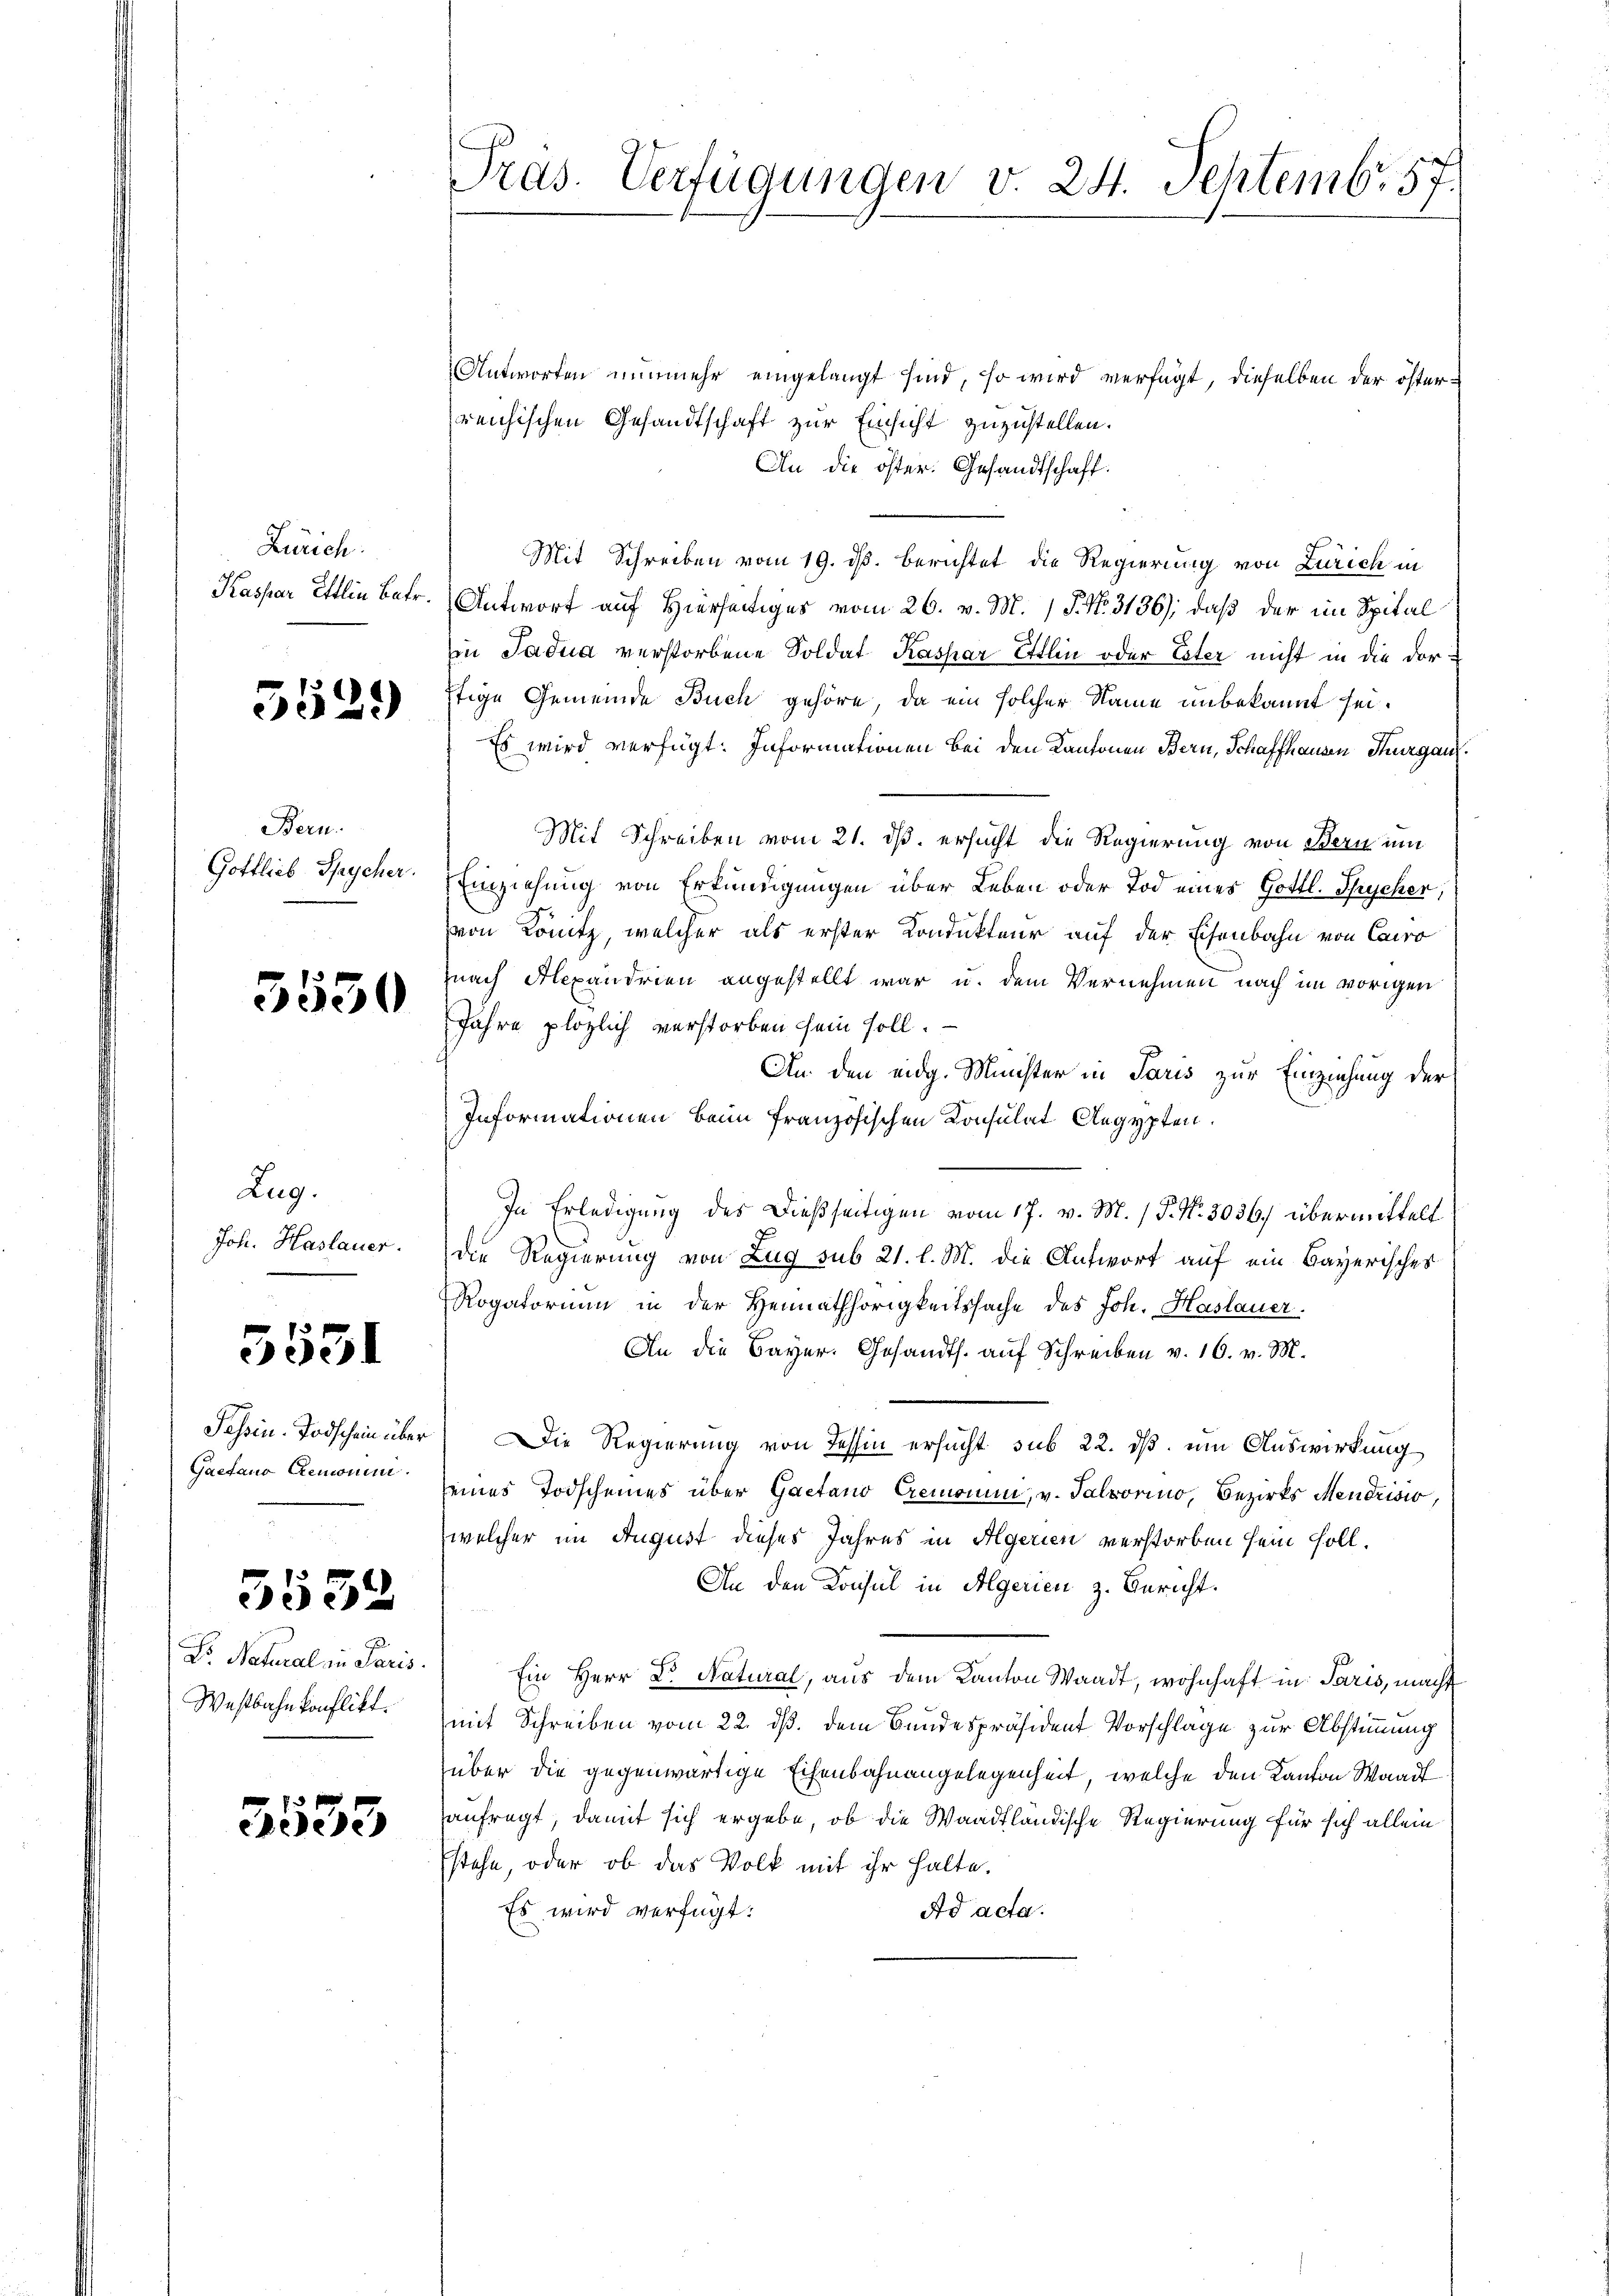
Zürich.
Kaspar Ettin Betr.

5529

Bern.
Gottlieb Spycher.

5530

Zug.
Joh. Haslauer.

5531

Passin. Todschein über
Gaetano Gremonin.

3532

Dr Natural in Paris
Westbahnkonflikt.

3533

Pras. Verfügungen v. 24. Septembr. 57.

Antworten nunmehr eingelangt sind, so wird verfügt, dieselben der österreichischen Gesandtschaft zur Einsicht zuzustellen.
An die öster. Gesandtschaft.
Mit Schreiben vom 19. ds. berichtet die Regierung von Zürich in
Antwort auf Hierseitiges vom 26. v. M. P. Nr. 3136); daß der im Spital
in Jadua verstorbene Soldat Kaspar Etlin oder Ester nicht in die dorstige Gemeinde Buch gehöre, da ein solcher Name unbekannt sei.
Es wird verfügt: Informationen bei den Kantonen Bern, Schaffhausen Thurgau.
Mit Schreiben vom 21. ds. ersucht die Regierung von Bern um
Einziehung von Erkundigungen über Leben oder Tod eines Gottl. Spycher,
von Konitz, welcher als erster Kondukteur auf der Eisenbahn von Caro
nach Alexandrien angestellt war u. dem Vernehmen nach im vorigen
Jahre plözlich verstorben sein soll.
An den eidg. Minister in Paris zur Einziehung der
Informationen beim französischen Konsulat Aegypten.
In Erledigung des Dießseitigen vom 17. v. M. / P. Nr. 3036. übermittelt
die Regierung von Zug sub 21. l. M. die Antwort auf ein Bayerisches
Rogatorium in der Heimathörigkeitssache des Joh. Haslauer.
An die Bayer. Gesandts. auf Schreiben v. 16. v. M.
Die Regierung von Tessin ersucht sub 22. dß. um Auswirkung
seines Todscheines über Gaetano Cremonum, v. Talvorino, Bezirks Mendrisio,
welcher im August dieses Jahres in Algerien verstorben sein soll.
An den Konsul in Algerien z. Bericht.
Ein Herr Dr. Natural, aus dem Kanton Waadt, wohnhaft in Paris, macht
mit Schreiben vom 22. ds. dem Bundespräsident Vorschlage zur Abstimmung
über die gegenwärtige Eisenbahnangelegenheit, welche den Kanton Waadt
anfragt, damit sich ergebe, ob die Waadtländische Regierung für sich allein
stehe, oder ob das Volk mit ihr halte.
Es wird verfügt:
Ad acta.